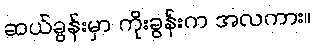
ဆယ်ခွန်းမှာ ကိုးခွန်းက အလကား။